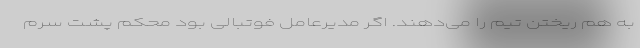
به هم ریختن تیم را می‌دهند. اگر مدیرعامل فوتبالی بود محکم پشت سرم